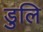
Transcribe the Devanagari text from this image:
डुलि